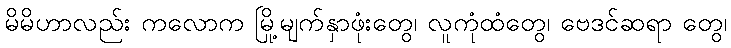
မိမိဟာလည်း ကလောက မြို့မျက်နှာဖုံးတွေ၊ လူကုံထံတွေ၊ ဗေဒင်ဆရာ တွေ၊